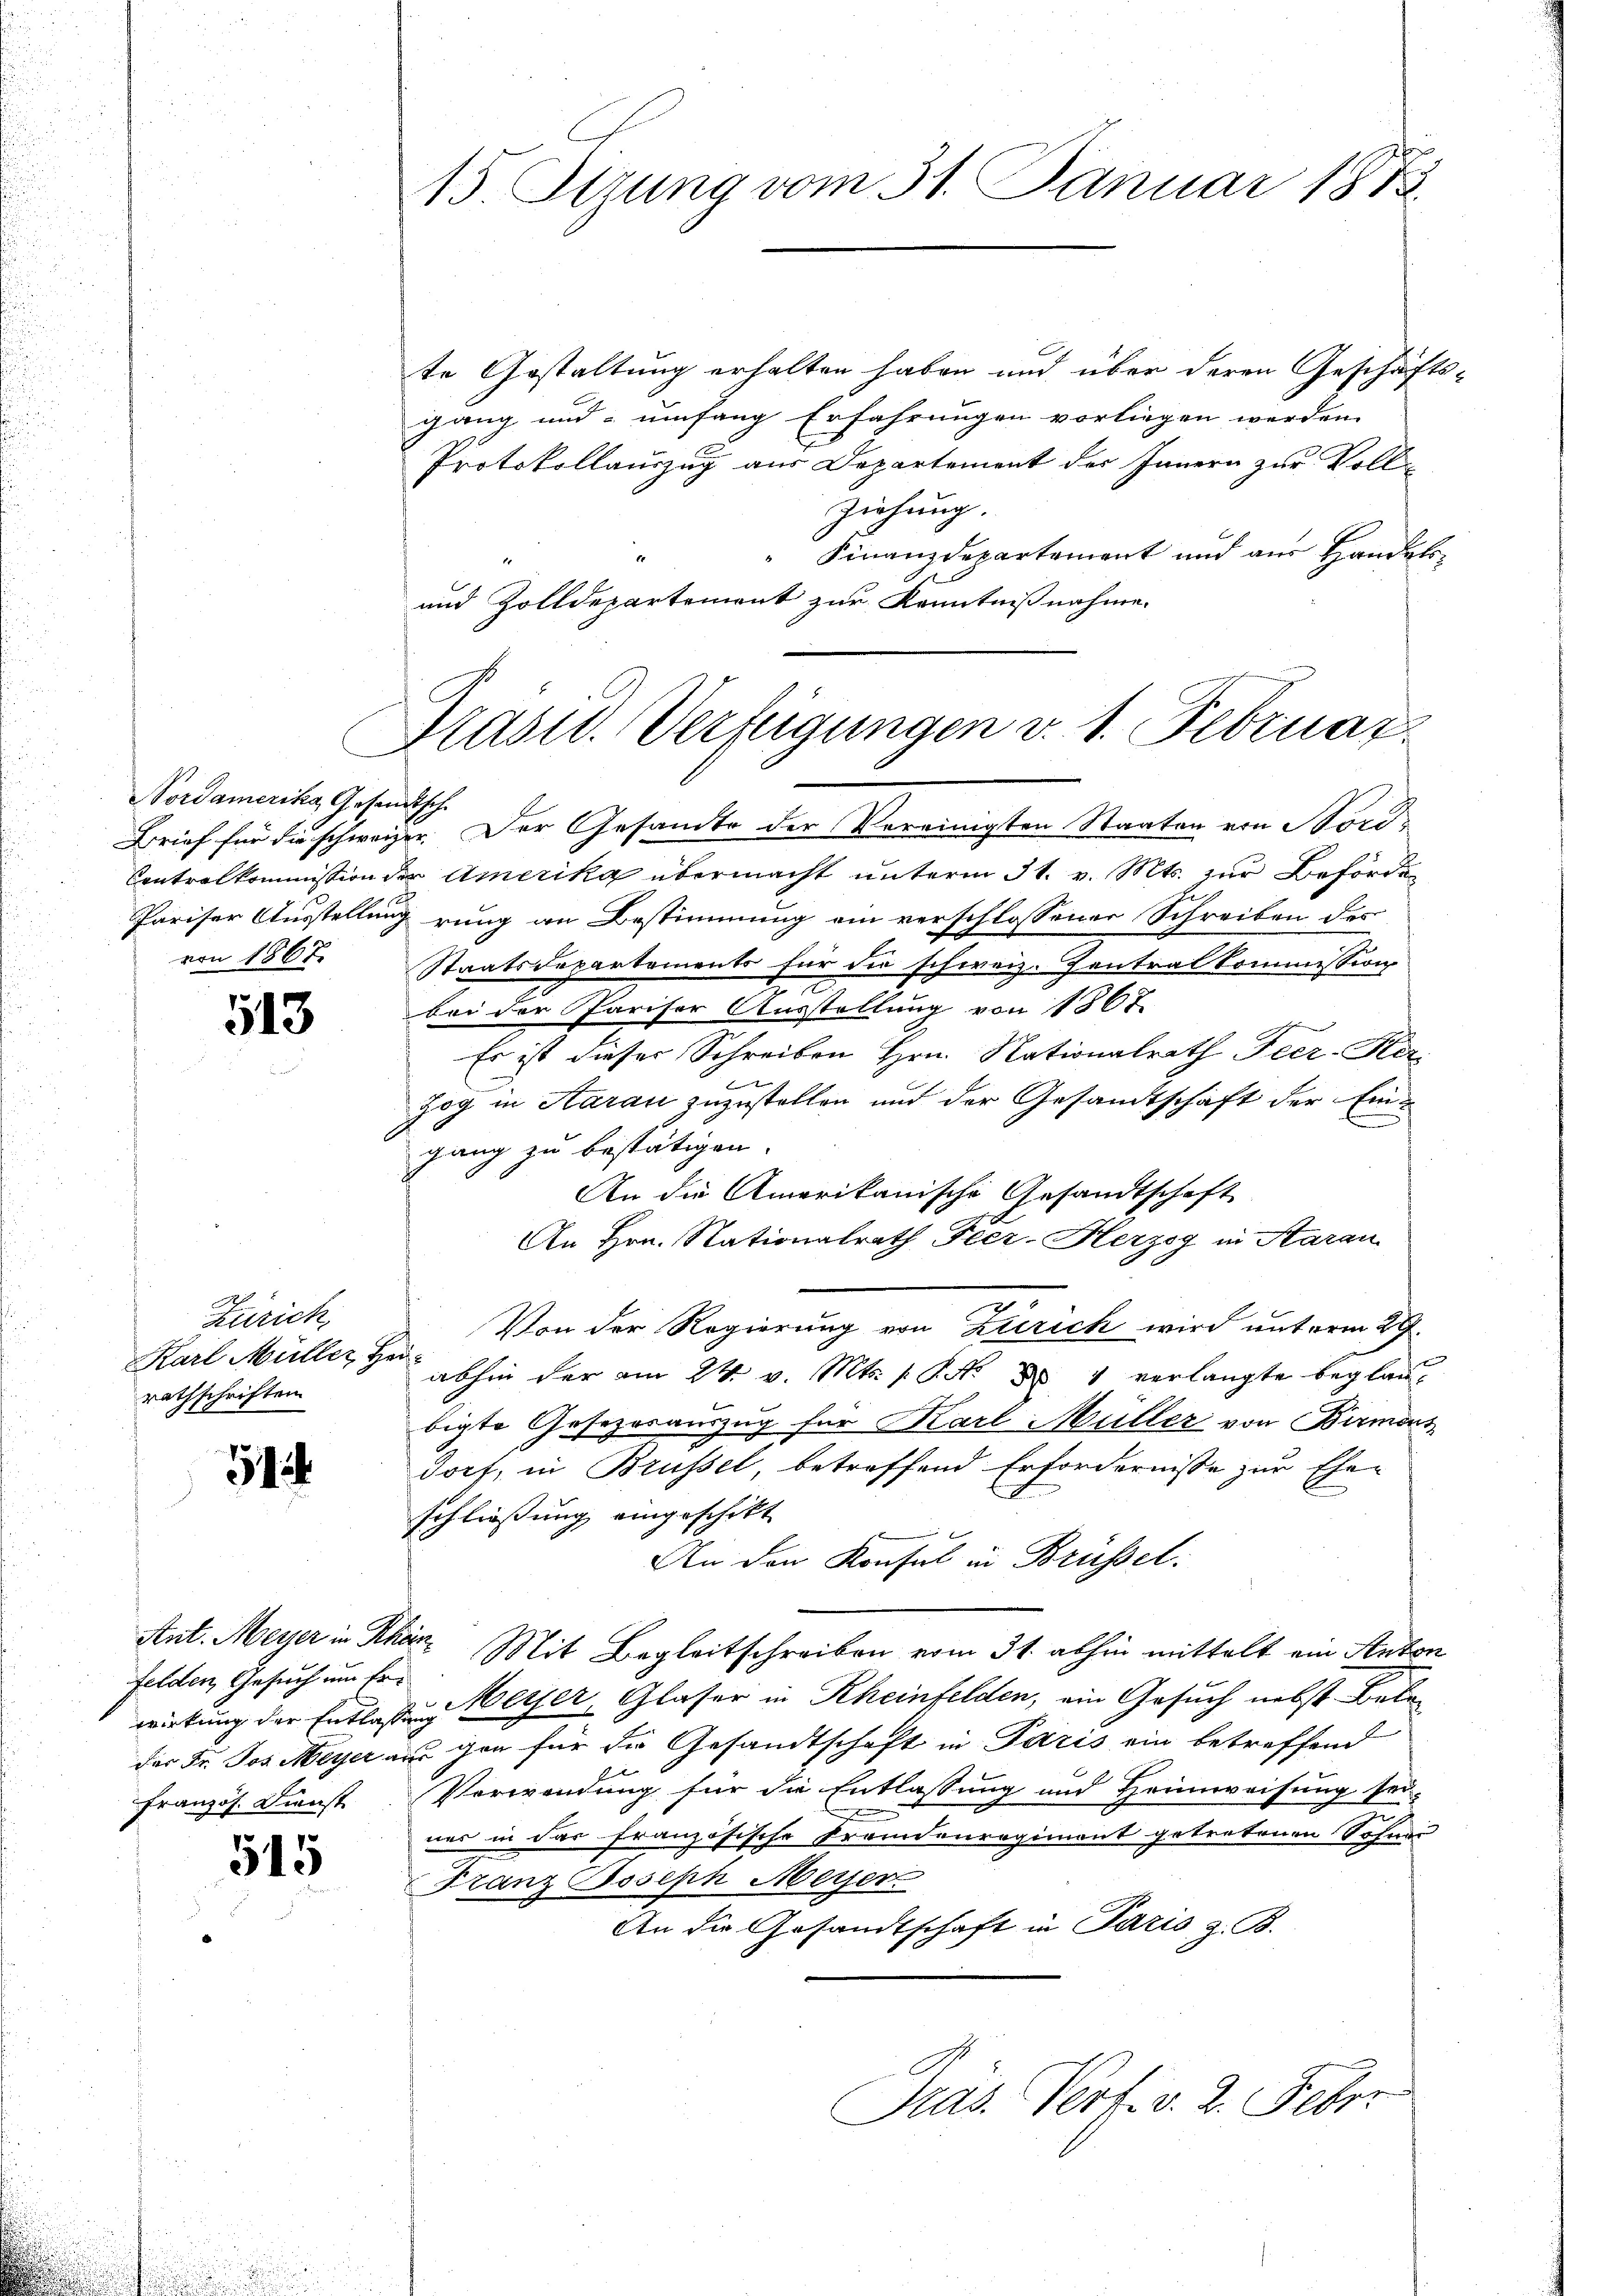
Nordamerika, Gesandtsch

felden Gesuch um Er¬
Französ. Dienst

513

Zürich,
Karl Müller z
rathschriften

514.

515

15. Seung vom 31. Januar 1873.

te Gestaltung erhalten haben und über deren Geschäfts-
gang und umfang Erfahrungen vorliegen werden.
Protokollauszug aus Departement des Innern zur Vollziehung.
" Finanzdepartement und aus Handels¬
und Zolldepartement zur Kenntnißnahme.

Präsid. Verfeigungen v. 1. Februar

Brief für die schweizer. Der Gesandte der Vereinigten Staaten von Bord¬
Contralkommission der Amerika übermacht unterm 31. v. Mts. zur Behörde¬
Pariser Ausstellung rung an Bestimmung ein verschlossener Schreiben des
von 1867. Staatsdepartements für die schweiz. Zentralkommission

bei der Pariser Ausstellung von 1867
Es ist dieser Schreiben Hrn. Nationalrath Feer-Her
zog in Aarau zuzustellen und der Gesandtschaft der Eingang zu bestätigen.
An die Amerikanische Gesandtschaft
An Hrn. Nationalrath Feer-Herzog in Staran
Von der Regierung von Zürich wird unterm 29.
u
abhin der am 24. v. Mts. S. N. 884 verlangte beglaubigte Gesezesauszug für Karl Müller von Birmort
Jort, in Brüssel, betreffend Erfordernisse zur Ehen
schließung eingeschikt
An den Konsul in Brüssel:
Ant. Meyer in Schär Mit Begleitschreiben vom 31. abhin mittelt ein Anton
wirkung der Entlaßen Weyer, Glaser in Rheinfelden, ein Gesuch nebst Beleder Fr. Jos. Meyer aus gen für die Gesandtschaft in Paris ein betreffend
Verwendung für die Entlassung und Heimweisung sei-
ner in das französische Fremdenregiment getretenen Sohner
Franz Joseph Meyer
An die Gesandtschaft in Paris z. B.
Präs. Pert. v. 2. Feber